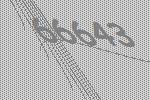
66643